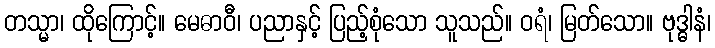
တသ္မာ၊ ထိုကြောင့်။ မေဓာဝီ၊ ပညာနှင့် ပြည့်စုံသော သူသည်။ ဝရံ၊ မြတ်သော။ ဗုဒ္ဓါနံ၊